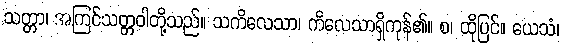
သတ္တာ၊ အကြင်သတ္တဝါတို့သည်။ သကိလေသာ၊ ကိလေသာရှိကုန်၏။ စ၊ ထိုပြင်။ ယေသံ၊